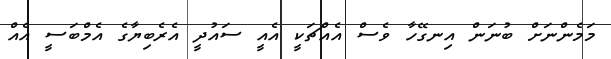
މަމެންނަށް ބުނަން އިނގޭހާ ވެސް އެއްޗަކީ އެއީ ސައުދީ އެރެބިޔާގެ އެމްބަސީ އެއް